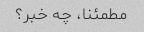
مطمئنا، چه خبر؟